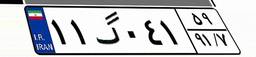
۱۱گ۰۴۱۵۹